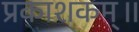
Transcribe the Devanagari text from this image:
प्रकाशकम्॥